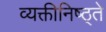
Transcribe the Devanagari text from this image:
व्यक्तीनिष्ठ्ते